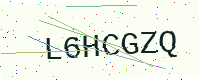
Text: L6HCGZQ